Indian journal of veterinary science and animal husbandry - Volumes 24-25, 1954-1955
Year: 1954
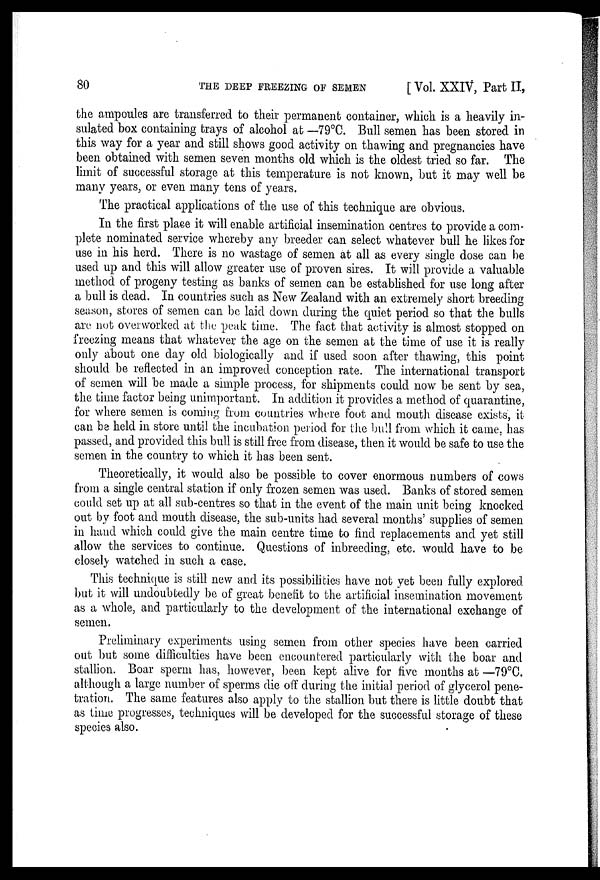
80
THE DEEP FREEZING OF SEMEN
[ Vol. XXIV, Part II,
the ampoules are transferred to their permanent container, which is a heavily in-
sulated box containing trays of alcohol at —79°C. Bull semen has been stored in
this way for a year and still shows good activity on thawing and pregnancies have
been obtained with semen seven months old which is the oldest tried so far. The
limit of successful storage at this temperature is not known, but it may well be
many years, or even many tens of years.
The practical applications of the use of this technique are obvious.
In the first place it will enable artificial insemination centres to provide a com-
plete nominated service whereby any breeder can select whatever bull he likes for
use in his herd. There is no wastage of semen at all as every single dose can be
used up and this will allow greater use of proven sires. It will provide a valuable
method of progeny testing as banks of semen can be established for use long after
a bull is dead. In countries such as New Zealand with an extremely short breeding
season, stores of semen can be laid down during the quiet period so that the bulls
are not overworked at the peak time. The fact that activity is almost stopped on
freezing means that whatever the age on the semen at the time of use it is really
only about one day old biologically and if used soon after thawing, this point
should be reflected in an improved conception rate. The international transport
of semen will be made a simple process, for shipments could now be sent by sea,
the time factor being unimportant. In addition it provides a method of quarantine,
for where semen is coming from countries where foot and mouth disease exists, it
can be held in store until the incubation period for the bull from which it came, has
passed, and provided this bull is still free from disease, then it would be safe to use the
semen in the country to which it has been sent.
Theoretically, it would also be possible to cover enormous numbers of cows
from a single central station if only frozen semen was used. Banks of stored semen
could set up at all sub-centres so that in the event of the main unit being knocked
out by foot and mouth disease, the sub-units had several months' supplies of semen
in hand which could give the main centre time to find replacements and yet still
allow the services to continue. Questions of inbreeding, etc. would have to be
closely watched in such a case.
This technique is still new and its possibilities have not yet been fully explored
but it will undoubtedly be of great benefit to the artificial insemination movement
as a whole, and particularly to the development of the international exchange of
semen.
Preliminary experiments using semen from other species have been carried
out but some difficulties have been encountered particularly with the boar and
stallion. Boar sperm has, however, been kept alive for five months at —79°C.
although a large number of sperms die off during the initial period of glycerol pene-
tration. The same features also apply to the stallion but there is little doubt that
as time progresses, techniques will be developed for the successful storage of these
species also.